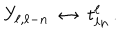
Y _ { \ell , \ell - n } \ \leftrightarrow \ t _ { \ell n } ^ { \ell } \, .